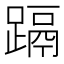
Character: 𮜁